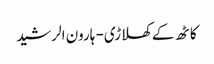
کاٹھ کے کھلاڑی- ہارون الرشید